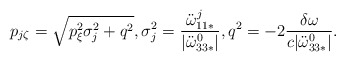
\begin{align*}p_{j\zeta} = \sqrt{p_{\xi}^2\sigma^2_j + q^2}, \sigma^2_j =\frac{\ddot{\omega}_{11*}^j}{|\ddot{\omega}^0_{33*}|}, q^2 = -2 \frac{\delta\omega}{c|\ddot{\omega}^0_{33*}|}.\end{align*}